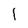
Character: 1